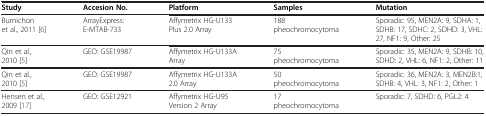
<table><thead><tr><td><b>Study</b></td><td><b>Accesion No.</b></td><td><b>Platform</b></td><td><b>Samples</b></td><td><b>Mutation</b></td></tr></thead><tbody><tr><td>Burnichon et al., 2011 [6]</td><td>ArrayExpress: E-MTAB-733</td><td>Affymetrix HG-U133 Plus 2.0 Array</td><td>188 pheochromocytoma</td><td>Sporadic: 95, MEN2A: 9, SDHA: 1, SDHB: 17, SDHC: 2, SDHD: 3, VHL: 27, NF1: 9, Other: 25</td></tr><tr><td>Qin et al., 2010 [5]</td><td>GEO: GSE19987</td><td>Affymetrix HG-U133A Array</td><td>75 pheochromocytoma</td><td>Sporadic: 35, MEN2A: 9, SDHB: 10, SDHD: 2, VHL: 6, NF1: 2, Other: 11</td></tr><tr><td>Qin et al., 2010 [5]</td><td>GEO: GSE19987</td><td>Affymetrix HG-U133A 2.0 Array</td><td>50 pheochromocytoma</td><td>Sporadic: 36, MEN2A: 3, MEN2B:1, SDHB: 4, VHL: 3, NF1: 2, Other: 1</td></tr><tr><td>Hensen et al., 2009 [17]</td><td>GEO: GSE12921</td><td>Affymetrix HG-U95 Version 2 Array</td><td>17 pheochromocytoma</td><td>Sporadic: 7, SDHD: 6, PGL2: 4</td></tr></tbody></table>